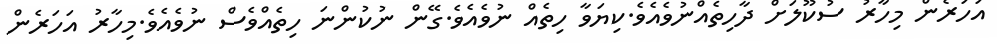
އަހަރެން މިހާރު ސުކޫލަށް ދާހިތެއްނުވެއެވެ.ކިޔަވާ ހިތެއް ނުވެއެވެ.ގޭން ނުކުންނަ ހިތެއްވެސް ނުވެއެވެ.މިހާރު އަހަރެން